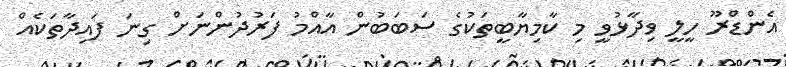
އެންޑްރޫ ހީލީ ވިދާޅުވީ މި ކާމިޔާބީތަކުގެ ސަބަބުން އާއްމު ފަރުދުންނަށް ގިނަ ފައިދާތަކެއް